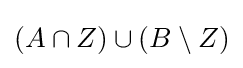
\textstyle (A\cap Z)\cup (B\setminus Z)